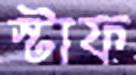
স্টাফ